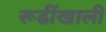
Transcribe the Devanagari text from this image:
रूढींखाली